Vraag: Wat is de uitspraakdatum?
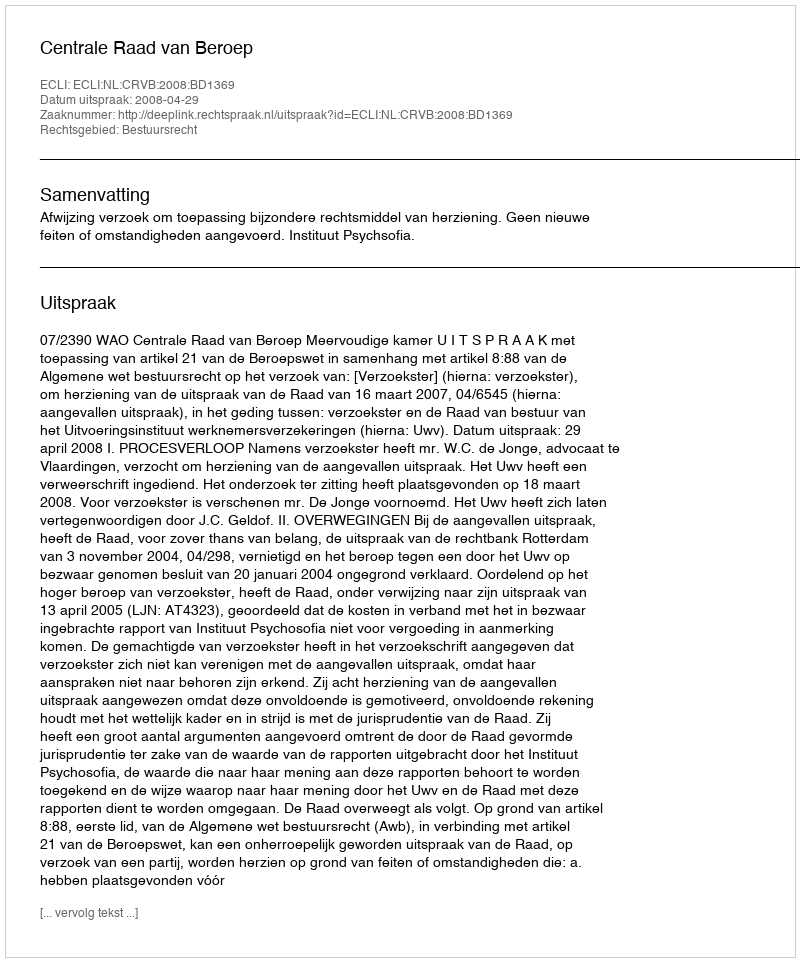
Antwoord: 2008-04-29